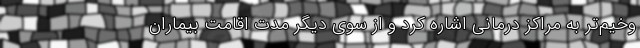
وخیم‌تر به مراکز درمانی اشاره کرد و از سوی دیگر مدت اقامت بیماران